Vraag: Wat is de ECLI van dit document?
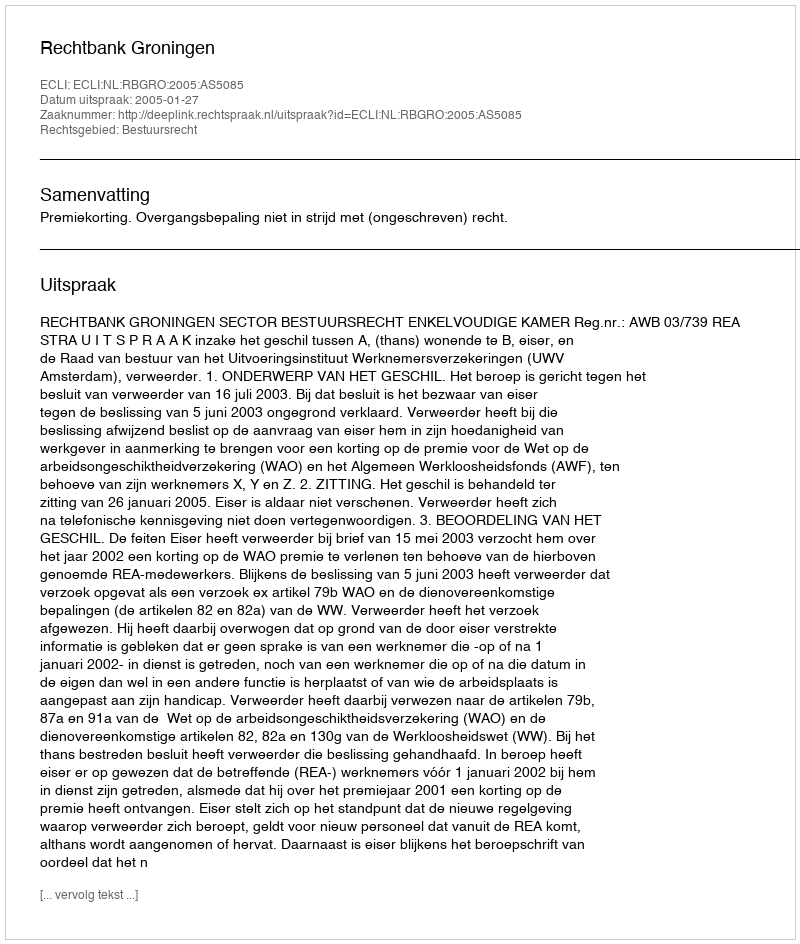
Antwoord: ECLI:NL:RBGRO:2005:AS5085